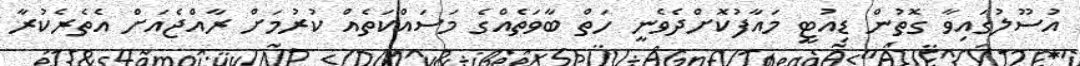
އުސޫލުގައިވާ ގޮތުން ޑިއުޓީ މައާފުކޮށްދެވެނީ ހަތް ބާވަތެއްގެ މަސައްކަތެއް ކުރުމަށް ރާއްޖެއަށް އެތެރެކުރާ